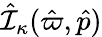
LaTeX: \hat{\cal I}_{\kappa}(\hat{\varpi},\hat{p})